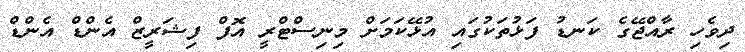
ދިވެހި ރާއްޖޭގެ ކަނޑު ފަޅުތަކުގައި އުޅޭކަމަށް މިނިސްޓްރީ އޮފް ފިޝަރީޒް އެންޑް އެންޑް